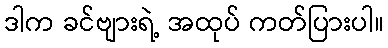
ဒါက ခင်ဗျားရဲ့ အထုပ် ကတ်ပြားပါ။